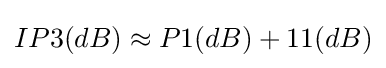
IP3(dB)\approx P1(dB)+11(dB)